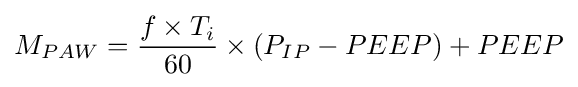
M_{PAW}={\frac {f\times T_{i}}{60}}\times (P_{IP}-PEEP)+PEEP